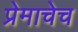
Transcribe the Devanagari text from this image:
प्रेमाचेच